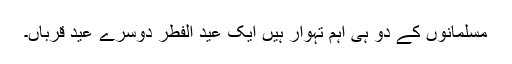
مسلمانوں کے دو ہی اہم تہوار ہیں ایک عید الفطر دوسرے عیدِ قرباں۔